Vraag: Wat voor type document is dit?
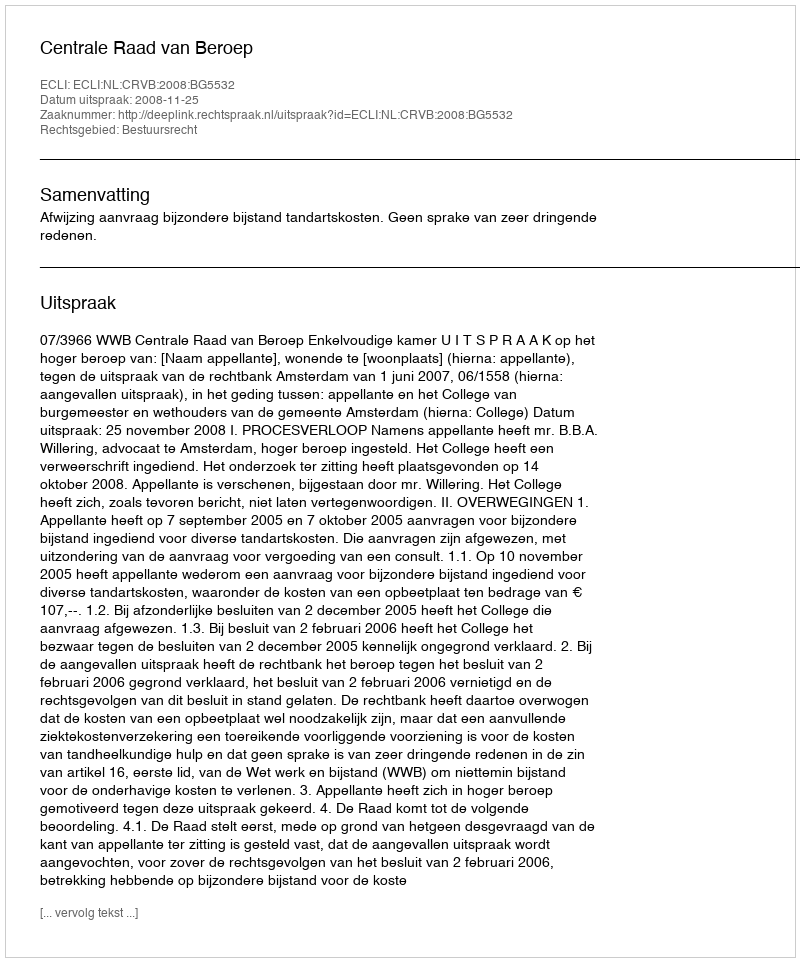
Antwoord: Uitspraak